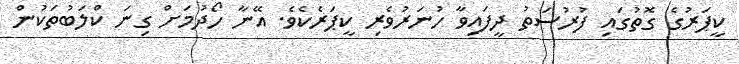
ކީޕަރުގެ ގޮތުގައި ފުރުސަތު ދީފައިވާ ހުނަރުވެރި ކީޕަރެކެވެ. އޭނާ ހޯދުމަށް ގިނަ ކްލަބުތަކުން